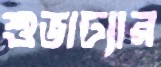
শুভাঢ্যার